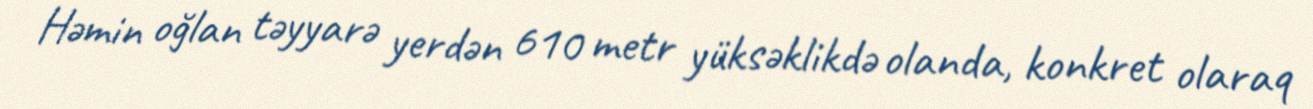
Həmin oğlan təyyarə yerdən 610 metr yüksəklikdə olanda, konkret olaraq